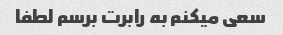
سعی میکنم به رابرت برسم لطفا